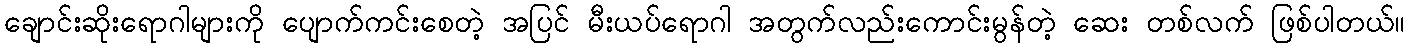
ချောင်းဆိုးရောဂါများကို ပျောက်ကင်းစေတဲ့ အပြင် မီးယပ်ရောဂါ အတွက်လည်းကောင်းမွန်တဲ့ ဆေး တစ်လက် ဖြစ်ပါတယ်။